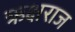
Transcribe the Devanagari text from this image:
ऋक्षराज